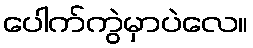
ပေါက်ကွဲမှာပဲလေ။